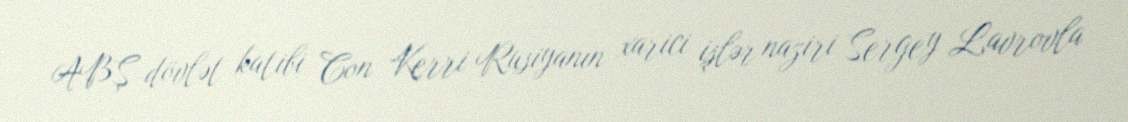
ABŞ dövlət katibi Con Kerri Rusiyanın xarici işlər naziri Sergey Lavrovla